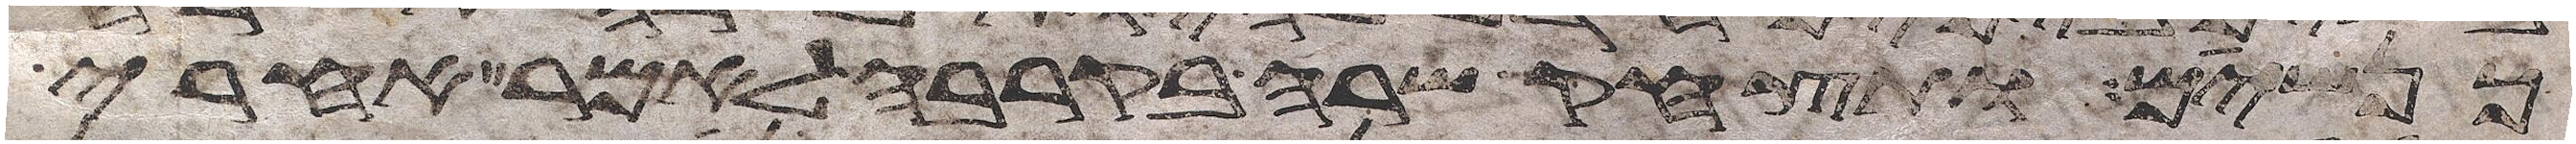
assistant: כנשים ותצחק שרה בקרבה לאמר אחרי